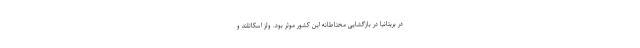
در بریتانیا در بازگشایی محتاطانه این کشور موثر بود. ولز اسکاتلند و